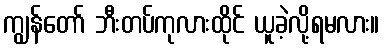
ကျွန်တော် ဘီးတပ်ကုလားထိုင် ယူခဲ့လို့ရမလား။